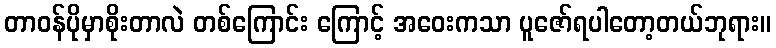
တာဝန်ပိုမှာစိုးတာလဲ တစ်ကြောင်း ကြောင့် အဝေးကသာ ပူဇော်ရပါတော့တယ်ဘုရား။